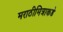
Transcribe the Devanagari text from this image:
मराठीमित्राकडे